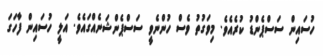
ހުސައިން ސަސްޕެންޑު ކުރެއެވެ. މިވަގުތު ވެސް ހުންނެވީ ސަސްޕެންޝަނެއްގައެވެ. އަލީ ހުސައިން ފާހަގަ